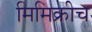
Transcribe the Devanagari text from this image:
मिमिक्रीच